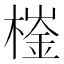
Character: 𣙌